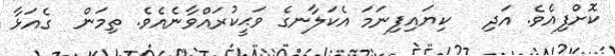
ކޮށްފިއެވެ. އަދި   ކިޔައިފިނަމަ އެކަލާނގެ ވަޙީކުރައްވާނެއެވެ. ތިމަން  ގެއަޅާ